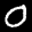
Label: 0